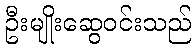
ဦးမျိုးဆွေဝင်းသည်